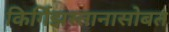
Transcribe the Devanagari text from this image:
किर्गिझस्तानासोबत